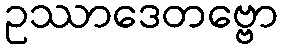
ဥဿာဒေတဗ္ဗော